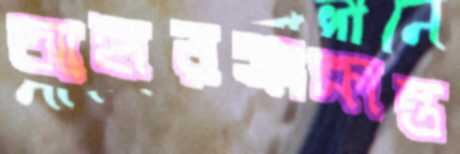
আহারসংক্রান্ত